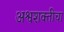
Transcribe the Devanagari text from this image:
अश्वशक्तीचा